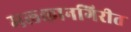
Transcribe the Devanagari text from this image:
मलकानगिरीत